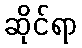
ဆိုင်ရာ